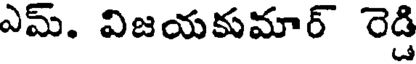
ఎమ్. విజయకుమార్ రెడ్డి